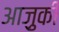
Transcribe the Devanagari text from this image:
आज़ुकी